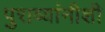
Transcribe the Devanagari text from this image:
पुराव्यांनीशी